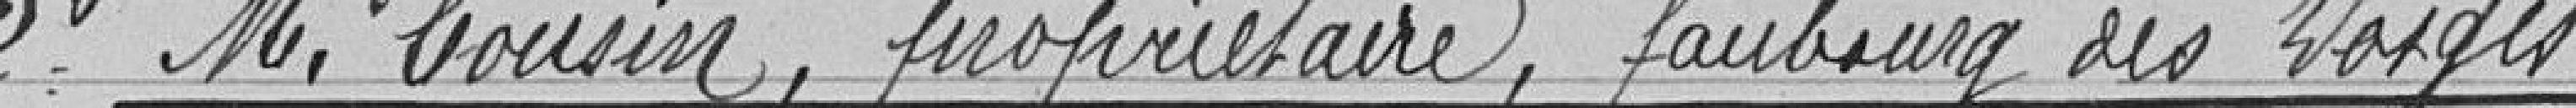
2) Monsieur Cousin, propriétaire, faubourg des Vosges